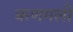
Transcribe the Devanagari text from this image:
कणगली